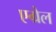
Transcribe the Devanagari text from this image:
एग्रेल